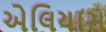
એલિયાસ